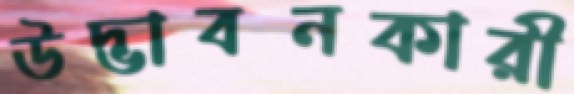
উদ্ভাবনকারী